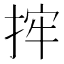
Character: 𢭂